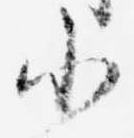
小